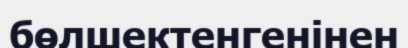
бөлшектенгенінен